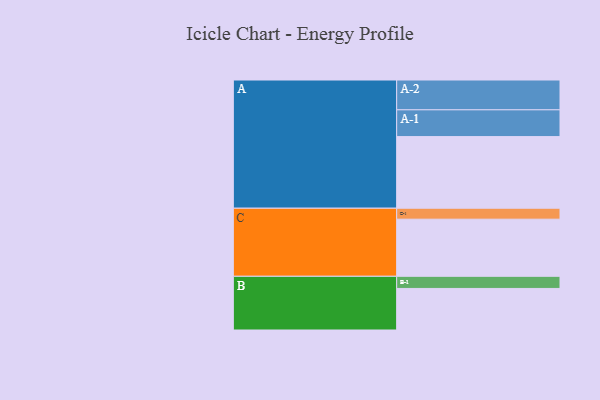
{"axis": {"x": "Segment", "y": "Value"}, "legend": ["", "A", "B", "C"], "data": [{"x": "A", "y": 543, "type": ""}, {"x": "B", "y": 315, "type": ""}, {"x": "C", "y": 433, "type": ""}, {"x": "A-1", "y": 203, "type": "A"}, {"x": "A-2", "y": 226, "type": "A"}, {"x": "B-1", "y": 92, "type": "B"}, {"x": "C-1", "y": 83, "type": "C"}]}